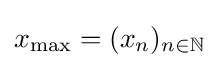
x_{\max }=(x_{n})_{n\in \mathbb {N} }